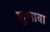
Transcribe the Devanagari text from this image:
लुभावा